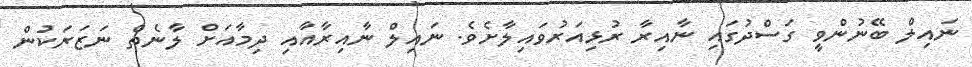
ނައިލް ބޭނުންވީ ގަސްދުގައި ނާއިރާ ރުޅިއަރުވައިލާށެވެ. ނައިލް ނާއިރާއާއި ދިމާއަށް ލާނެތް ނަޒަރަކުން